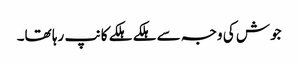
جوش کی وجہ سے ہلکے ہلکے کانپ رہا تھا۔